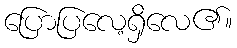
ပြောပြလေ့ရှိလေ၏။